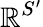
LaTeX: \mathbb{R}^{S^{\prime}}